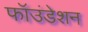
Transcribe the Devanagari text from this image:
फॉउंडेशन